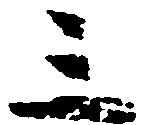
三